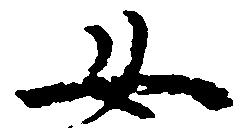
女